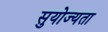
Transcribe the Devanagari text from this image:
सुयोज्यता